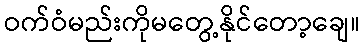
ဝက်ဝံမည်းကိုမတွေ့နိုင်တော့ချေ။